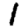
Digit: 1